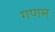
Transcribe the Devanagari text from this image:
गणम्